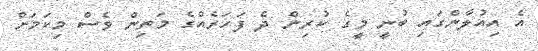
އެ އިއުލާންގައި ބުނީ މީގެ ކުރިން ދެ ފަހަރެއްގެ މަތިން ވެސް މިކަމަށް